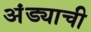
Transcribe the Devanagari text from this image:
अंड्याची